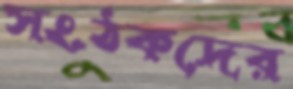
সংঠকদের